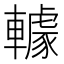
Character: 𨎶